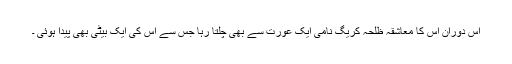
اس دوران اس کا معاشقہ ظلحہ کریگ نامی ایک عورت سے بھی چلتا رہا جس سے اس کی ایک بیٹی بھی پیدا ہوئی ۔